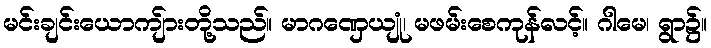
မင်းချင်းယောကျ်ားတို့သည်။ မာဂဏှေယျုံ၊ မဖမ်းစေကုန်လင့်။ ဂါမေ၊ ရွာ၌။